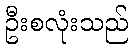
ဦးစလုံးသည်